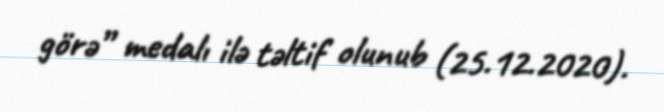
görə” medalı ilə təltif olunub (25.12.2020).